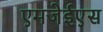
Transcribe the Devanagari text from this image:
एमजेईएस